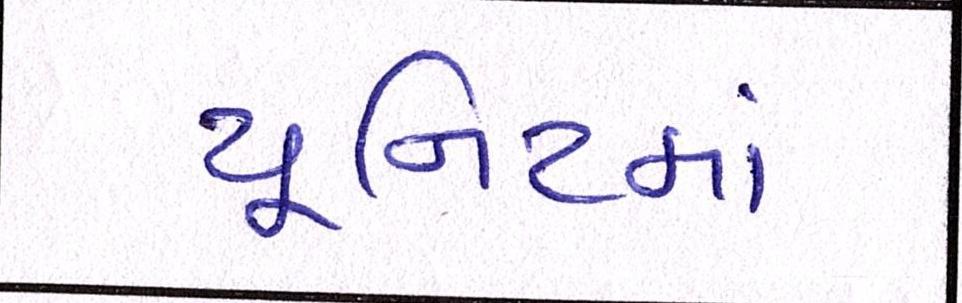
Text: યૂનિટમાં